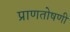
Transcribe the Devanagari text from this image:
प्राणतोषणी